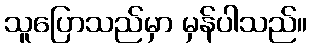
သူပြောသည်မှာ မှန်ပါသည်။